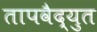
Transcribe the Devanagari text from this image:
तापवैद्युत